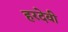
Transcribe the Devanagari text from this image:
हरदेवी